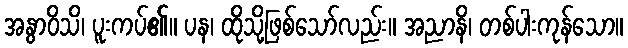
အနွာဝိသိ၊ ပူးကပ်၏။ ပန၊ ထိုသို့ဖြစ်သော်လည်း။ အညာနိ၊ တစ်ပါးကုန်သော။